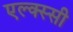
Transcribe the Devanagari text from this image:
एल्क्स्सी